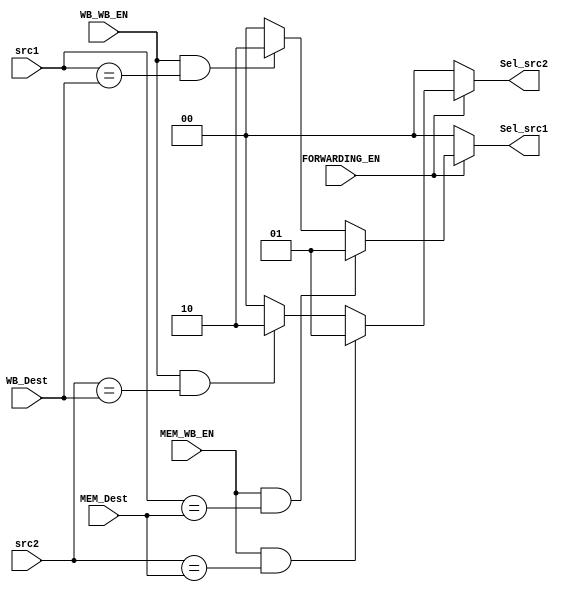
module Forwarding_Unit(
  input[3:0] src1, src2, MEM_Dest, WB_Dest,
  input MEM_WB_EN, WB_WB_EN, FORWARDING_EN,
  output[1:0] Sel_src1, Sel_src2
);
  
  assign Sel_src1 = ~FORWARDING_EN ? 2'b00 :
              (MEM_WB_EN && (src1 == MEM_Dest)) ? 2'b01 :
              (WB_WB_EN && (src1 == WB_Dest)) ? 2'b10 :
              2'b00;
  
  assign Sel_src2 = ~FORWARDING_EN ? 2'b00 :
              (MEM_WB_EN && (src2 == MEM_Dest)) ? 2'b01 :
              (WB_WB_EN && (src2 == WB_Dest)) ? 2'b10 :
              2'b00;

endmodule